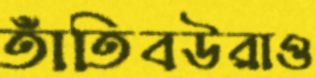
তাঁতিবউরাও